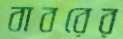
বাবরের